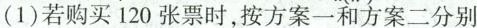
(1)若购买120张票时，按方案一和方案二分别